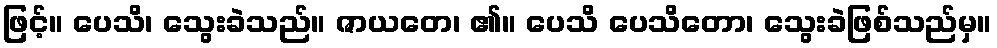
ဖြင့်။ ပေသိ၊ သွေးခဲသည်။ ဇာယတေ၊ ၏။ ပေသိ ပေသိတော၊ သွေးခဲဖြစ်သည်မှ။